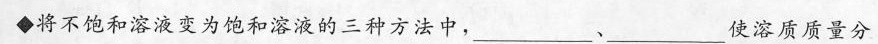
◆将不饱和溶液变为饱和溶液的三种方法中，___、___使溶质质量分